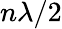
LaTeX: n\lambda/2